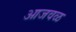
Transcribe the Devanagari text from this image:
आजवळ